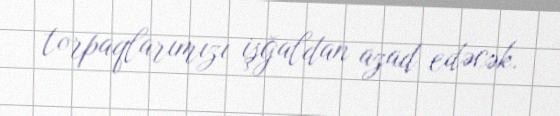
torpaqlarımızı işğaldan azad edəcək.